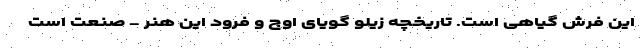
این فرش گیاهی است. تاریخچه زیلو گویای اوج و فرود این هنر - صنعت است